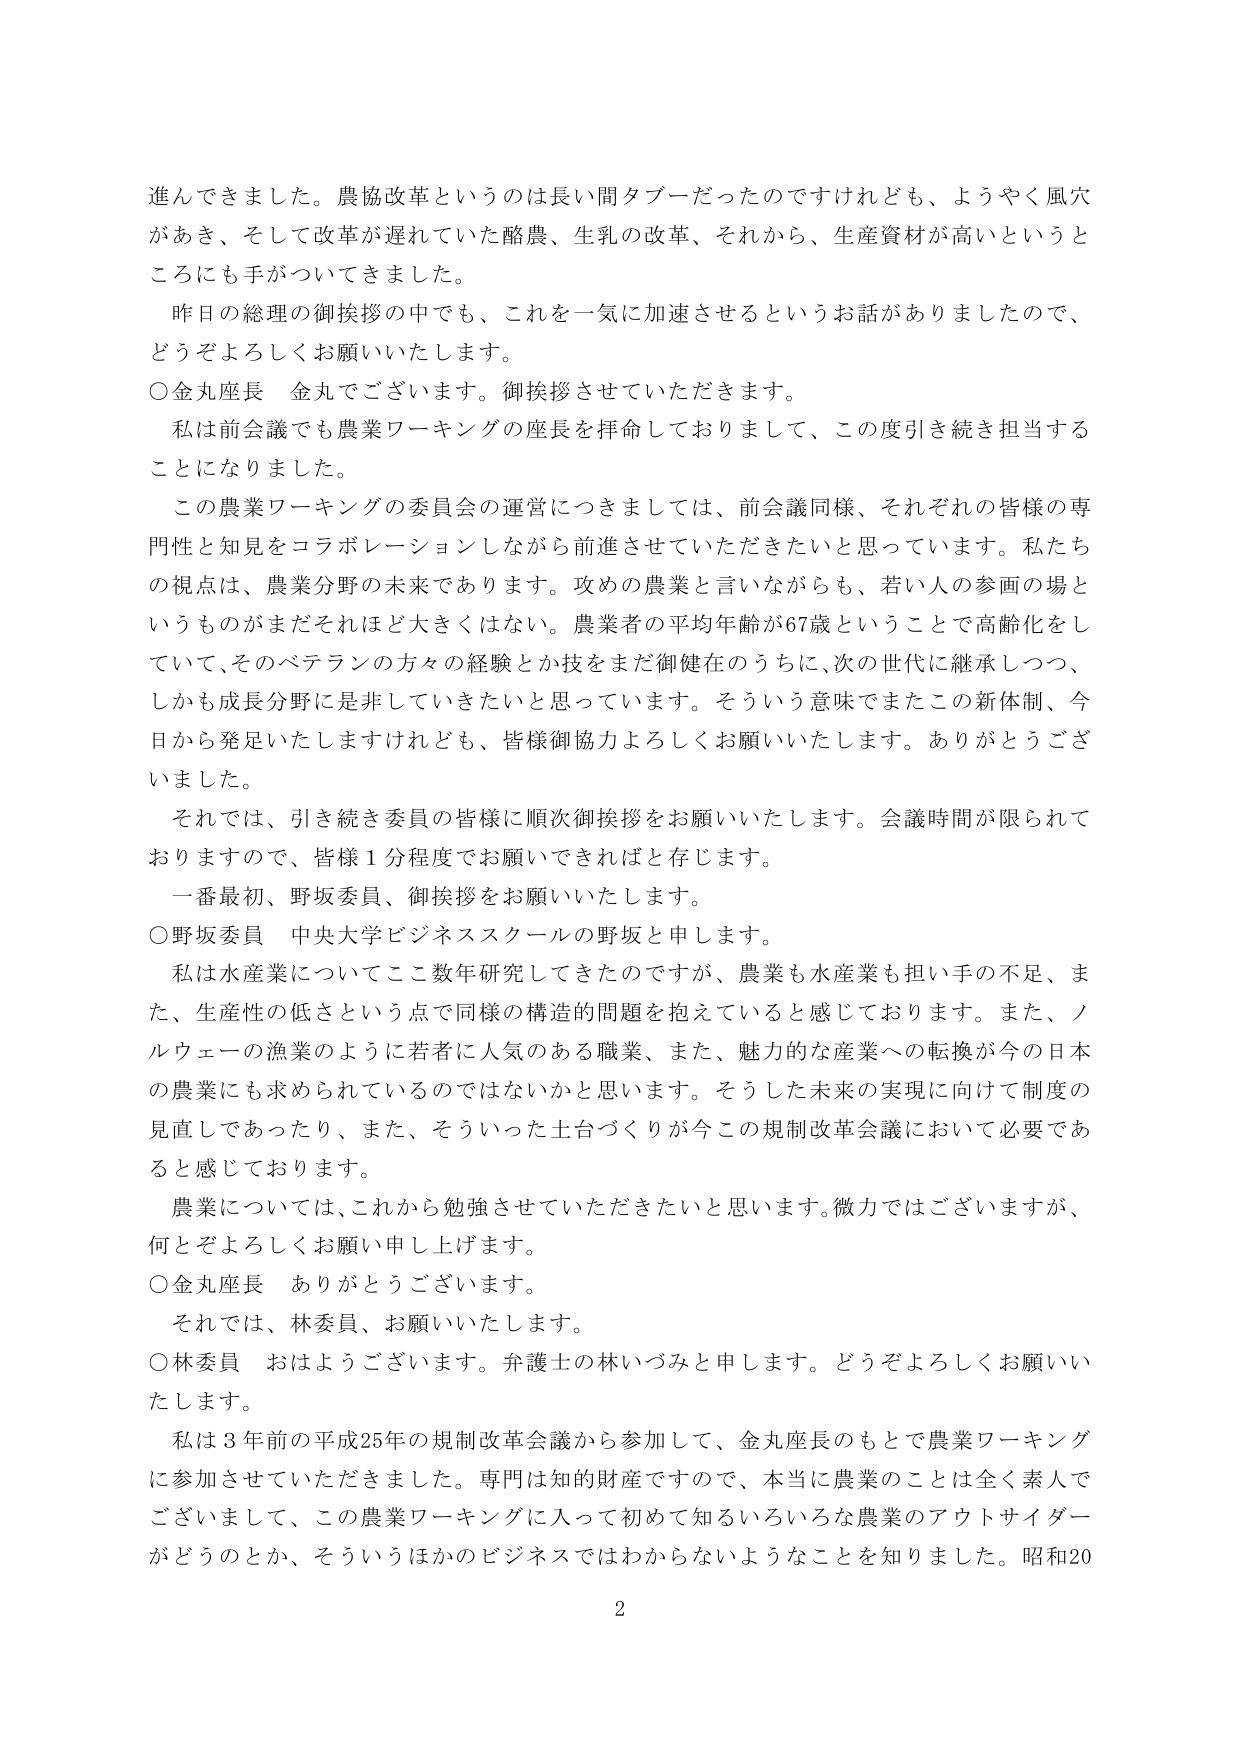
進んできました。農協改革というのは長い間タブーだったのですけれども、ようやく風穴があき、そして改革が遅れていた酪農、生乳の改革、それから、生産資材が高いというところにも手がついてきました。

昨日の総理の御挨拶の中でも、これを一気に加速させるというお話がありましたので、どうぞよろしくお願いいたします。

○金丸座長　金丸でございます。御挨拶させていただきます。

私は前会議でも農業ワーキングの座長を拝命しておりまして、この度引き続き担当することになりました。

この農業ワーキングの委員会の運営につきましては、前会議同様、それぞれの皆様の専門性と知見をコラボレーションしながら前進させていただきたいと思っています。私たちの視点は、農業分野の未来であります。攻めの農業と言いながらも、若い人の参画の場というものがまだそれほど大きくはない。農業者の平均年齢が67歳ということで高齢化をしていて、そのベテランの方々の経験とか技をまだ御健在のうちに、次の世代に継承しつつ、しかも成長分野は非していきたいと思っています。そういう意味でまたこの新体制、今日から発足いたしますけれども、皆様御協力よろしくお願いいたします。ありがとうございました。

それでは、引き続き委員の皆様に順次御挨拶をお願いいたします。会議時間が限られておりますので、皆様1分程度でお願いできればと存じます。

一番最初、野坂委員、御挨拶をお願いいたします。

○野坂委員　中央大学ビジネススクールの野坂と申します。

私は水産業についてここ数年研究してきましたのですが、農業も水産業も担い手の不足、また、生産性の低さという点で同様の構造的問題を抱えていると感じております。また、ノルウェーの漁業のように若者に人気のある職業、また、魅力的な産業への転換が今の日本の農業にも求められているのではないかと思います。そうした未来の実現に向けて制度の見直しであったり、また、そういった土台づくりが今この規制改革会議において必要であると感じております。

農業については、これから勉強させていただきたいと思います。微力ではございますが、何とぞよろしくお願い申し上げます。

○金丸座長　ありがとうございます。

それでは、林委員、お願いいたします。

○林委員　おはようございます。弁護士の林いづみと申します。どうぞよろしくお願いいたします。

私は3年前の平成25年の規制改革会議から参加して、金丸座長のもとで農業ワーキングに参加させていただきました。専門は知的財産ですので、本当に農業のことは全く素人でございまして、この農業ワーキングに入って初めて知るいろいろな農業のアウトサイダーがどうのとか、そういうほかのビジネスではわからないようなことを知りました。昭和20

2